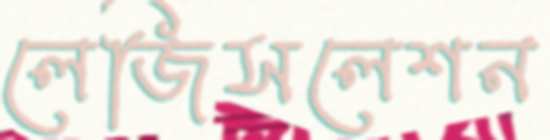
লেজিসলেশন